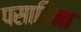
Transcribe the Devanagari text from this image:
पसाडिना